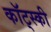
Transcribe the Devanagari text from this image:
कॉट्स्की